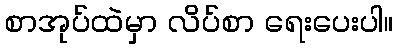
စာအုပ်ထဲမှာ လိပ်စာ ရေးပေးပါ။